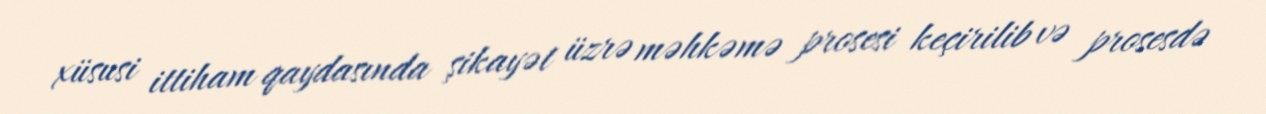
xüsusi ittiham qaydasında şikayət üzrə məhkəmə prosesi keçirilib və prosesdə